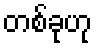
တစ်ခုဟု